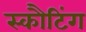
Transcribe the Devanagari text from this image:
स्कौटिंग